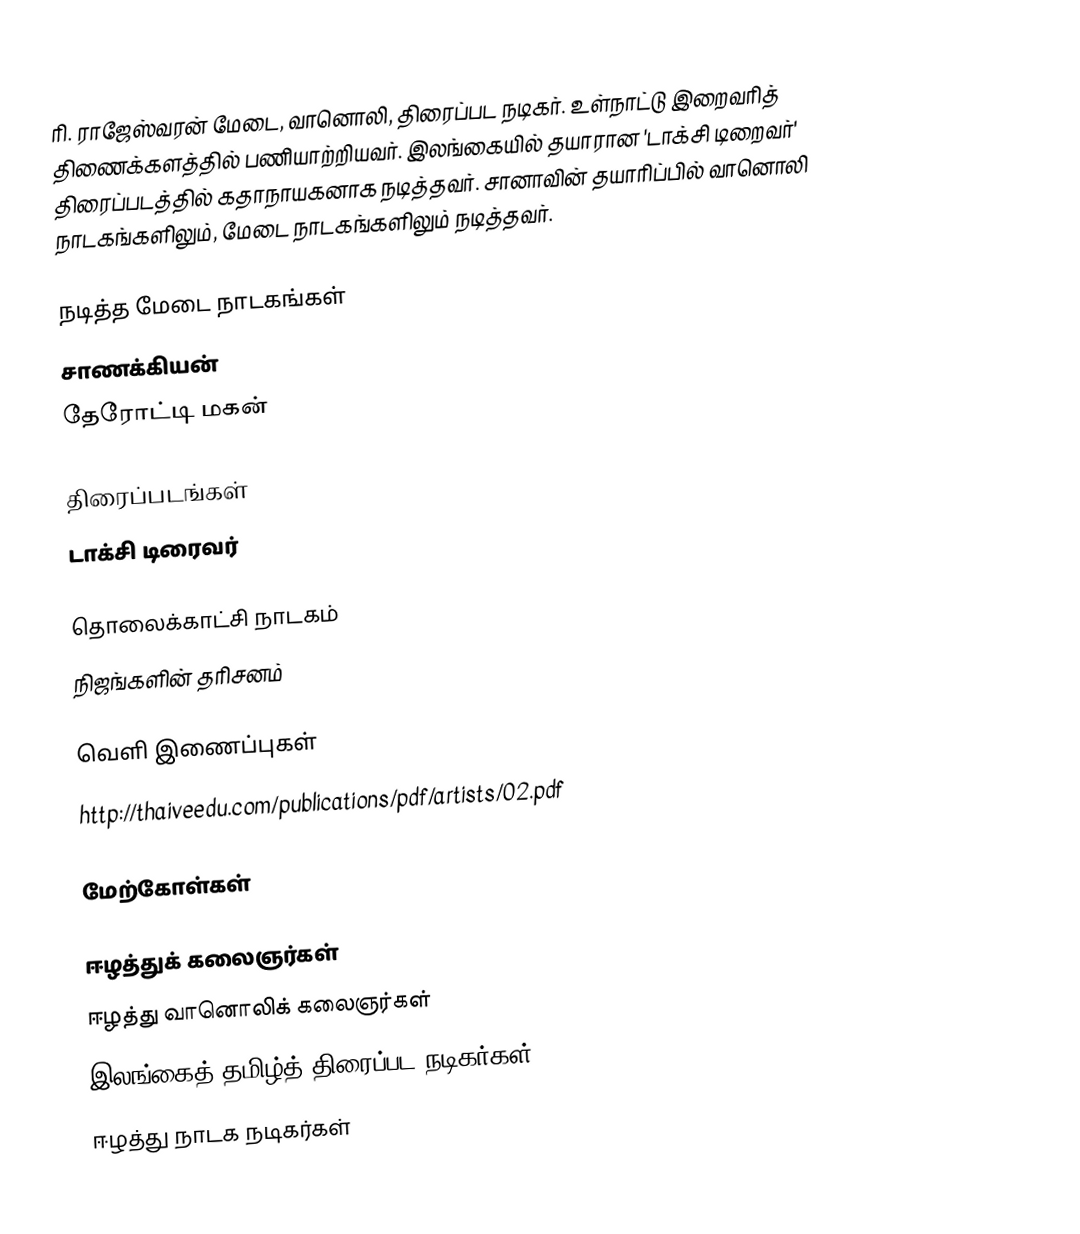
ரி. ராஜேஸ்வரன் மேடை, வானொலி, திரைப்பட நடிகர். உள்நாட்டு இறைவரித் திணைக்களத்தில் பணியாற்றியவர். இலங்கையில் தயாரான 'டாக்சி டிறைவர்' திரைப்படத்தில் கதாநாயகனாக நடித்தவர். சானாவின் தயாரிப்பில் வானொலி நாடகங்களிலும், மேடை நாடகங்களிலும் நடித்தவர்.

நடித்த மேடை நாடகங்கள்
 சாணக்கியன்
 தேரோட்டி மகன்

திரைப்படங்கள்
 டாக்சி டிரைவர்

தொலைக்காட்சி நாடகம்
 நிஜங்களின் தரிசனம்

வெளி இணைப்புகள்
 http://thaiveedu.com/publications/pdf/artists/02.pdf

மேற்கோள்கள்

ஈழத்துக் கலைஞர்கள்
ஈழத்து வானொலிக் கலைஞர்கள்
இலங்கைத் தமிழ்த் திரைப்பட நடிகர்கள்
ஈழத்து நாடக நடிகர்கள்